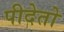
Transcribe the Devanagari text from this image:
पीदेतो